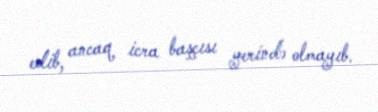
edib, ancaq icra başçısı yerində olmayıb.